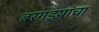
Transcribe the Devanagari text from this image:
बरगड्यांचा